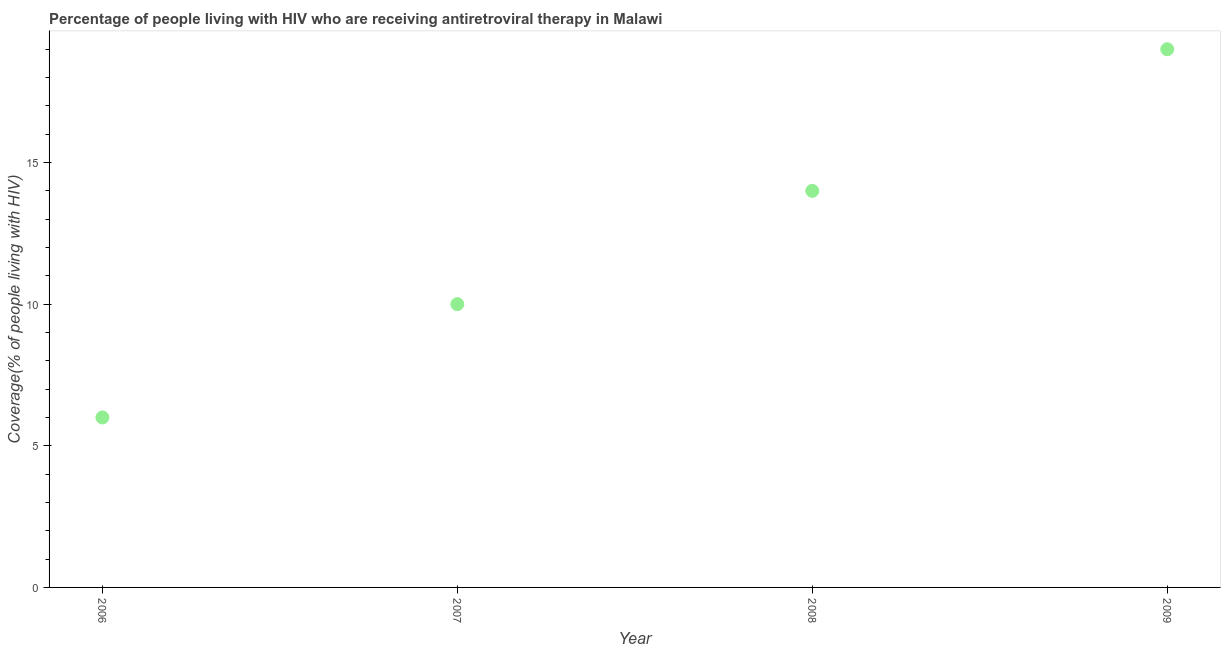
| Year | Antiretroviral therapy coverage |
 | --- | --- |
 | 2006 | 6 |
 | 2007 | 10 |
 | 2008 | 14 |
 | 2009 | 19 |